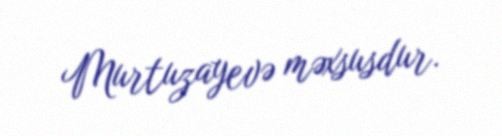
Murtuzayevə məxsusdur.